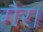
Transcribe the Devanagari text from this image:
गैर।